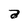
Character: a